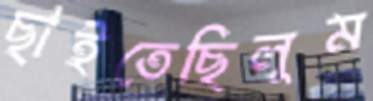
ছাইতেছিলুম